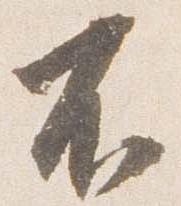
不